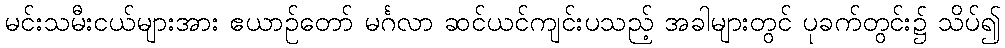
မင်းသမီးငယ်များအား ဧယာဉ်တော် မင်္ဂလာ ဆင်ယင်ကျင်းပသည့် အခါများတွင် ပုခက်တွင်း၌ သိပ်၍